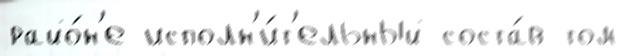
райо́н'е исполн'и́т'ельный соста́в том